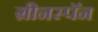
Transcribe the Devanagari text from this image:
ग्रीनस्पॅन